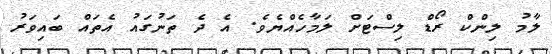
ލާމު ލިންކް ރޯޑް ލިސްޓަށް ލަމާހެއްޔެވެ. އެ ދެ ތަނުގައު އެތައް ބައިވަރު